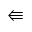
\Lleftarrow